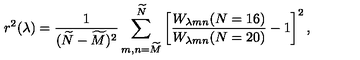
r ^ { 2 } ( \lambda ) = { \frac { 1 } { ( \widetilde { N } - \widetilde { M } ) ^ { 2 } } } \sum _ { m , n = \widetilde { M } } ^ { \widetilde { N } } \left[ { \frac { W _ { \lambda m n } ( N = 1 6 ) } { W _ { \lambda m n } ( N = 2 0 ) } } - 1 \right] ^ { 2 } ,